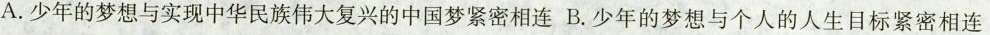
A.少年的梦想与实现中华民族伟大复兴的中国梦紧密相连B.少年的梦想与个人的人生目标紧密相连